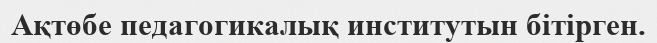
Ақтөбе педагогикалық институтын бітірген.